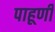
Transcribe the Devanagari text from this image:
पाहूणी